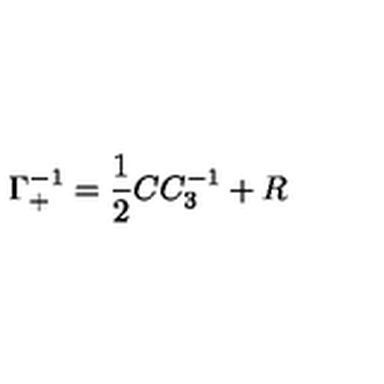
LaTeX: \Gamma _ { + } ^ { - 1 } = { \frac { 1 } { 2 } } C C _ { 3 } ^ { - 1 } + R